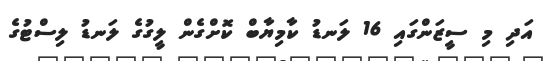
އަދި މި ސީޒަންގައި 16 ލަނޑު ކާމިޔާބް ކޮށްގެން ލީގުގެ ލަނޑު ލިސްޓުގެ